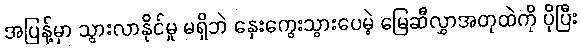
အပြန့်မှာ သွားလာနိုင်မှု မရှိဘဲ နှေးကွေးသွားပေမဲ့ မြေဆီလွှာအတုထဲကို ပိုပြီး